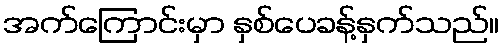
အက်ကြောင်းမှာ နှစ်ပေခန့်နှက်သည်။